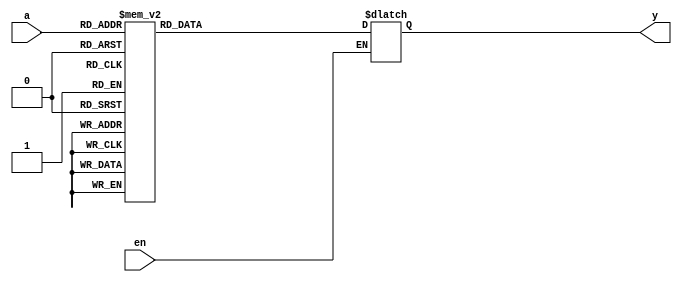
module dec_4to16(y,en,a);
    input [3:0] a;
    input en;
    output reg [15:0] y;
    always @* begin
    if(en==1)
        begin
        case(a)
            4'b0000: y = 16'b0000000000000001; // output 0
            4'b0001: y = 16'b0000000000000010; // output 1
            4'b0010: y = 16'b0000000000000100; // output 2
            4'b0011: y = 16'b0000000000001000; // output 3
            4'b0100: y = 16'b0000000000010000; // output 4
            4'b0101: y = 16'b0000000000100000; // output 5
            4'b0110: y = 16'b0000000001000000; // output 6
            4'b0111: y = 16'b0000000010000000; // output 7
            4'b1000: y = 16'b0000000100000000; // output 8
            4'b1001: y = 16'b0000001000000000; // output 9
            4'b1010: y = 16'b0000010000000000; // output 10
            4'b1011: y = 16'b0000100000000000; // output 11
            4'b1100: y = 16'b0001000000000000; // output 12
            4'b1101: y = 16'b0010000000000000; // output 13
            4'b1110: y = 16'b0100000000000000; // output 14
            4'b1111: y = 16'b1000000000000000; // output 15
            default: y = 16'b0000000000000000; // default case (should not occur)
        endcase
        end
    end
endmodule